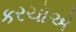
કરચોએ